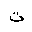
Letter: _ta